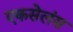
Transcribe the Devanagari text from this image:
एकसेलंस